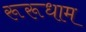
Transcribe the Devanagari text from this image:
रूरूधाम